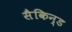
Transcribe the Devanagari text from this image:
सैकिन्ड